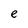
Character: e